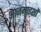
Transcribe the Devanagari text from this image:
आज़माइशों